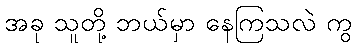
အခု သူတို့ ဘယ်မှာ နေကြသလဲ ကွ